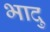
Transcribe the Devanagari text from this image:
भादु